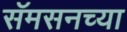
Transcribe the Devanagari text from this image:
सॅमसनच्या